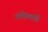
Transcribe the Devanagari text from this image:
लंकेकडे